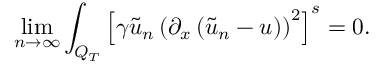
\operatorname* { l i m } _ { n \rightarrow \infty } \int _ { Q _ { T } } \left[ \gamma \tilde { u } _ { n } \left( \partial _ { x } \left( \tilde { u } _ { n } - u \right) \right) ^ { 2 } \right] ^ { s } = 0 .